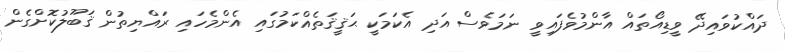
ދައްކުވައިދޭ ވީޑިއޯތައް އާންމުވެފައިވީ ނަމަވެސް އަދި އެކަމަކީ ޙަޤީޤަތެއްކަމުގައި އެންމެހައި ރައްޔިތުން ޤަބޫލުކޮށްގެން